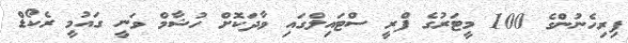
ފިރިހެނުންގެ 100 މީޓަރުގެ ފްރީ ސްޓައިލްގައި ވާދަކޮށް ހުޝާމް ވަނީ ގައުމީ ރެކޯޑް